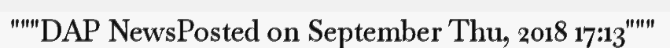
"""DAP NewsPosted on September Thu, 2018 17:13"""